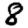
Digit: 8